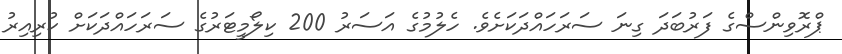
ޕްރޮވިންސްގެ ފަރުބަދަ ގިނަ ސަރަހައްދަކަށެވެ. ހެލުމުގެ އަސަރު 200 ކިލޯމީޓަރުގެ ސަރަހައްދަކަށް ކުރިއިރު